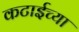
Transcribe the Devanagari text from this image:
कटाईच्या